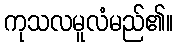
ကုသလမူလံမည်၏။